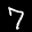
Label: 7